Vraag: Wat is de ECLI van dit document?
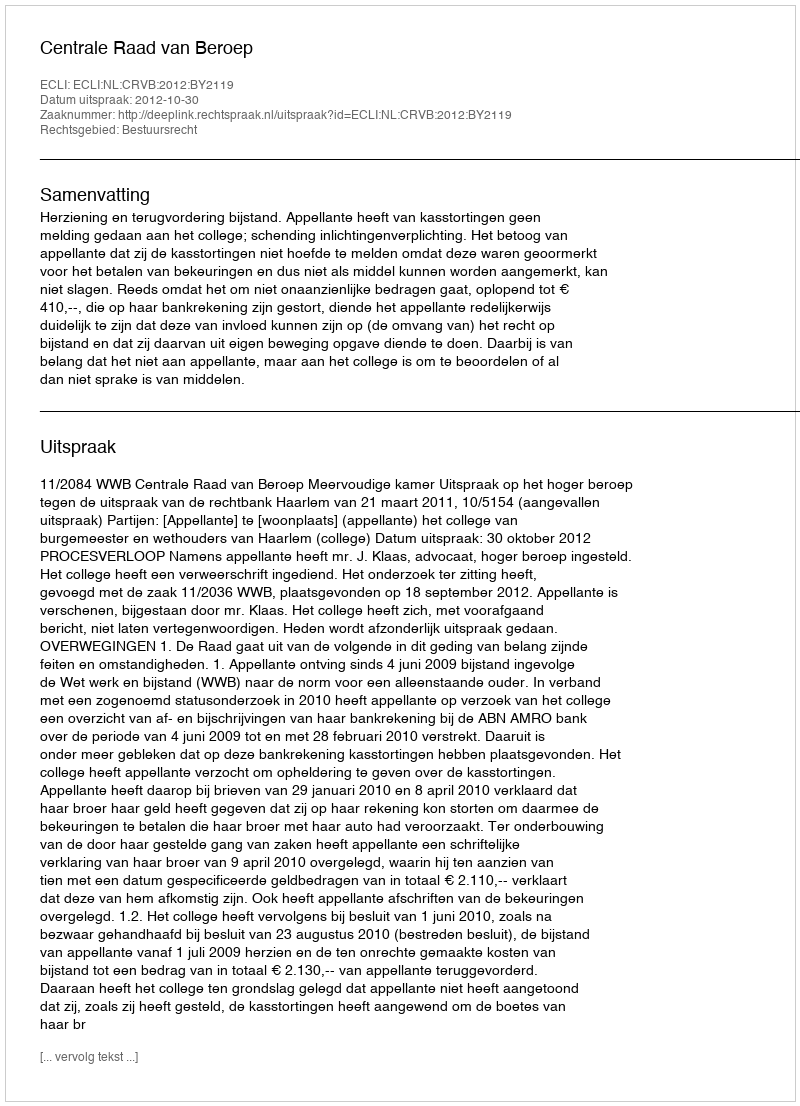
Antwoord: ECLI:NL:CRVB:2012:BY2119